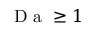
\mathrm { ~ D ~ a ~ } \geq 1